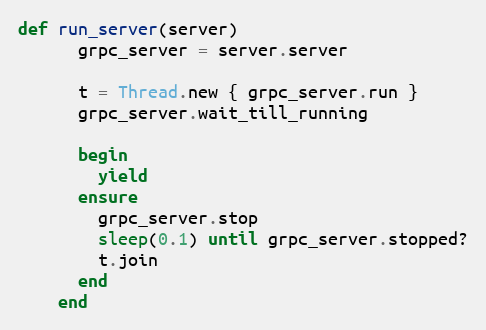
Language: Ruby
def run_server(server)
      grpc_server = server.server

      t = Thread.new { grpc_server.run }
      grpc_server.wait_till_running

      begin
        yield
      ensure
        grpc_server.stop
        sleep(0.1) until grpc_server.stopped?
        t.join
      end
    end